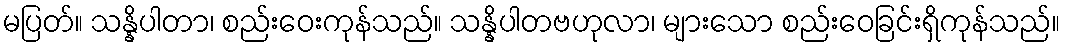
မပြတ်။ သန္နိပါတာ၊ စည်းဝေးကုန်သည်။ သန္နိပါတဗဟုလာ၊ များသော စည်းဝေခြင်းရှိကုန်သည်။